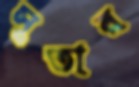
সূতার